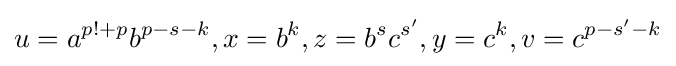
u=a^{p!+p}b^{p-s-k},x=b^{k},z=b^{s}c^{s'},y=c^{k},v=c^{p-s'-k}